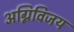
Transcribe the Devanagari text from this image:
अग्निविजय